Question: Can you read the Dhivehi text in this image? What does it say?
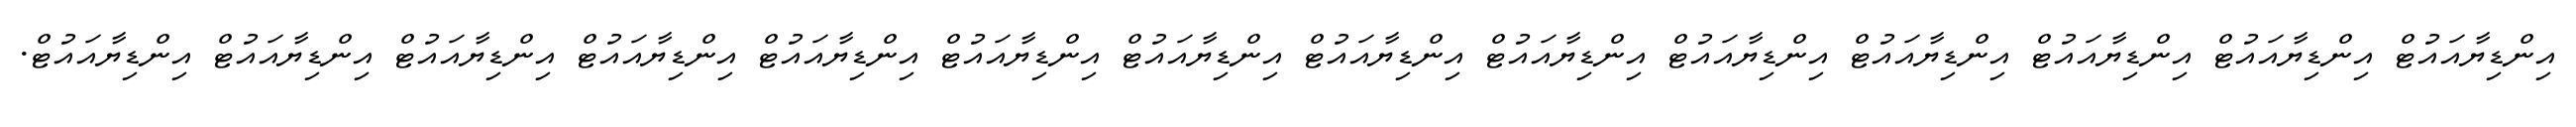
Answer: އިންޑިޔާއައުޓް އިންޑިޔާއައުޓް އިންޑިޔާއައުޓް އިންޑިޔާއައުޓް އިންޑިޔާއައުޓް އިންޑިޔާއައުޓް އިންޑިޔާއައުޓް އިންޑިޔާއައުޓް އިންޑިޔާއައުޓް އިންޑިޔާއައުޓް އިންޑިޔާއައުޓް އިންޑިޔާއައުޓް އިންޑިޔާއައުޓް އިންޑިޔާއައުޓް.